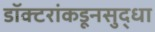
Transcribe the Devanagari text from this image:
डॉक्टरांकडूनसुद्धा